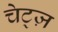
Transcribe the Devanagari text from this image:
चेट्ज़